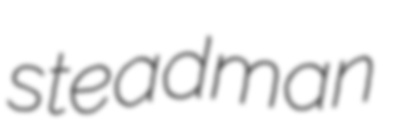
steadman